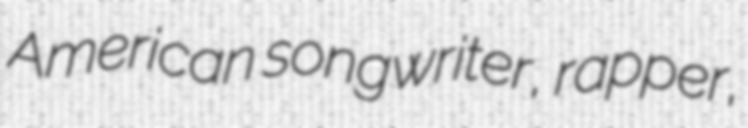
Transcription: American songwriter, rapper,